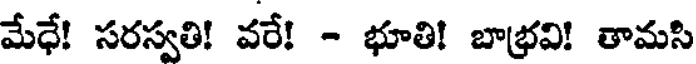
మేధే! సరస్వతి! వరే! - భూతి! బాభ్రవి! తామసి